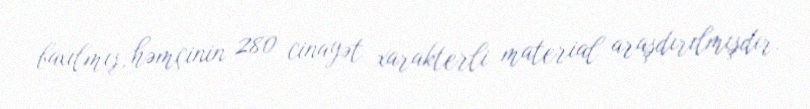
baxılmış, həmçinin 280 cinayət xarakterli material araşdırılmışdır.